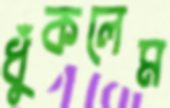
ধুঁকলেম